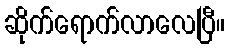
ဆိုက်ရောက်လာလေပြီ။